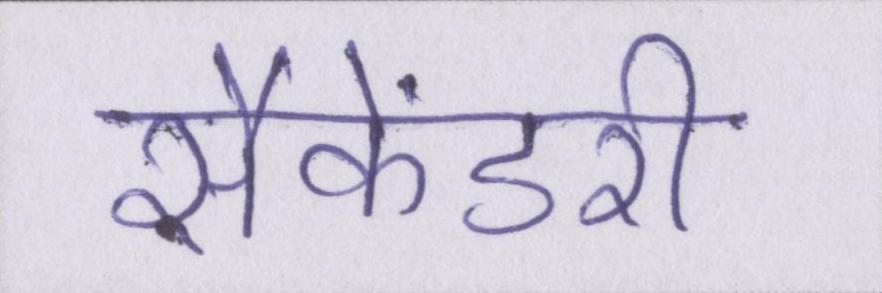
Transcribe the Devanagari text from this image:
सैकेंडरी